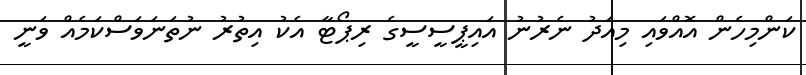
ކަންމިހެން އޮއްވައި މިއަދު ނެރުނު އައިޕީސީސީގެ ރިޕޯޓާ އެކު އިތުރު ނުތަނަވަސްކަމެއް ވަނީ